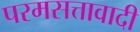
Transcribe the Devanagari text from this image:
परमसत्तावादी